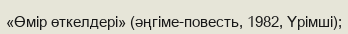
«Өмір өткелдері» (әңгіме-повесть, 1982, Үрімші);